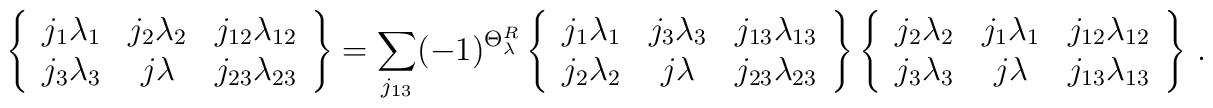
\left\{\begin{array}{ccc}j_1\lambda_1 & j_2\lambda_2 & j_{12}\lambda_{12} \\j_3\lambda_3 & j\lambda & j_{23}\lambda_{23}\end{array}\right\}=\sum_{j_{13}}(-1)^{\Theta^{R}_{\lambda}}\left\{\begin{array}{ccc}j_1\lambda_1 & j_3\lambda_3 & j_{13}\lambda_{13} \\j_2\lambda_2 & j\lambda & j_{23}\lambda_{23}\end{array}\right\}\left\{\begin{array}{ccc}j_2\lambda_2 & j_1\lambda_1 & j_{12}\lambda_{12} \\j_3\lambda_3 & j\lambda & j_{13}\lambda_{13}\end{array}\right\}\,.